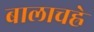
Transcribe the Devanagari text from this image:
बालाचह्रे